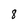
Character: 8